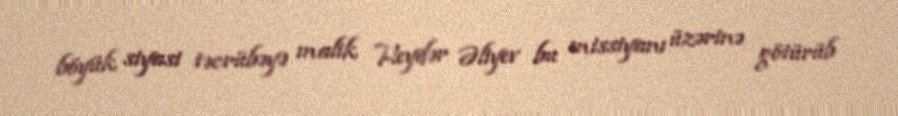
böyük siyasi təcrübəyə malik Heydər Əliyev bu missiyanı üzərinə götürüb